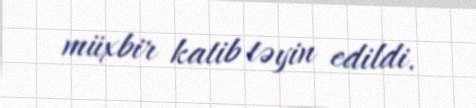
müxbir katib təyin edildi.